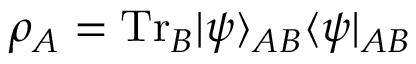
\rho _ { A } = \mathrm { T r } _ { B } | \psi \rangle _ { A B } \langle \psi | _ { A B }